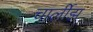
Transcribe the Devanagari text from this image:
चार्लीझ